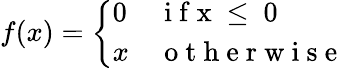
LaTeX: f(x)=\left\{ \begin{array}{ll}{0}&{\mathrm{~i~f~x~\leq~0~}}\\ {x}&{\mathrm{~o~t~h~e~r~w~i~s~e~}}\end{array}\right.